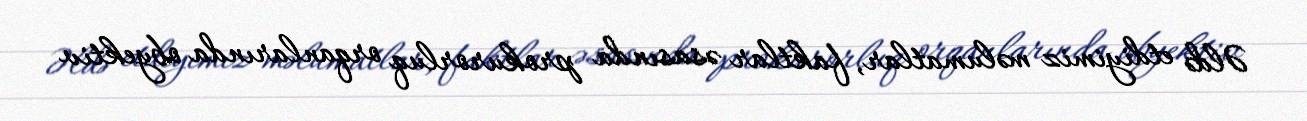
Əldə etdiyimiz məlumatlar, faktlar əsasında prokurorluq orqanlarında obyektiv